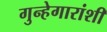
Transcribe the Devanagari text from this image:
गुन्हेगारांशी